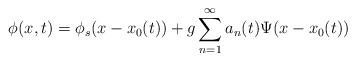
LaTeX: \begin{align*}\phi(x,t)=\phi_s(x-x_0(t))+g \sum_{n=1}^{\infty} a_n(t) \Psi(x-x_0(t))\end{align*}